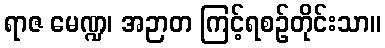
ရာဇ မေဏ္ဍ၊ အဉာတ ကြင့်ရစဉ်တိုင်းသာ။